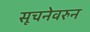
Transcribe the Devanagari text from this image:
सूचनेवरुन